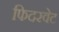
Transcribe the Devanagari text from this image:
फिदरवेट